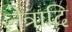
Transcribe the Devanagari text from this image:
नेत्रादि